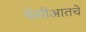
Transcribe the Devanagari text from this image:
वेशीआतचे